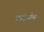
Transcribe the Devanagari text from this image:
ब्रांडनेम